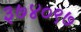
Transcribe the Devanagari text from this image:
३७४०९७